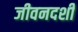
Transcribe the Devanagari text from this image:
जीवनदर्शी